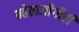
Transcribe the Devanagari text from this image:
म्हेताजीगीरी